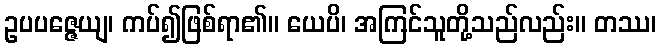
ဥပပဇ္ဇေယျ၊ ကပ်၍ဖြစ်ရာ၏။ ယေပိ၊ အကြင်သူတို့သည်လည်း။ တဿ၊